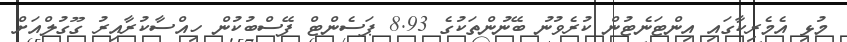
މުޅި އެމެރިކާގައި އިންޓަނެޓުން ކުރެވުނު ބޭނުންތަކުގެ 8.93 ޕަސެންޓް ފޭސްބުކުން ހިއްސާކުރާއިރު ގޫގުލްއަށް